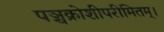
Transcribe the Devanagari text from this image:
पञ्चक्रोशीपरीमितम्।